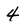
Character: 4